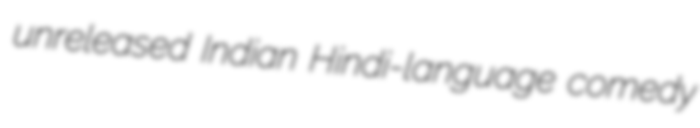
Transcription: unreleased Indian Hindi-language comedy